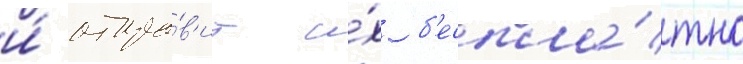
и́ отпра́в'ит и́х б'еспла́тно